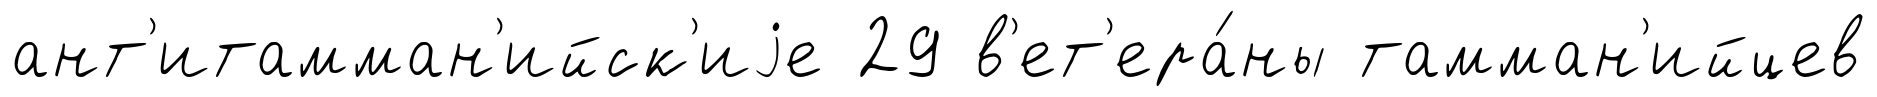
ант'итамман'ийск'иjе 29 в'ет'ера́ны тамман'ийцев